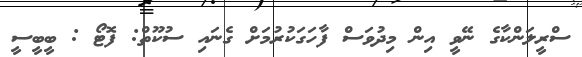
ސްރީލަންކާގެ ނޭވީ އިން މިދުވަސް ފާހަގަކުރުމަށް ގެނައި ސުކޫތް: ފޮޓޯ : ބީބީސީ